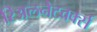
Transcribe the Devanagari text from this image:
रिअलनेटवर्क्स